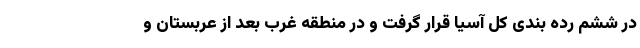
در ششم رده بندی کل آسیا قرار گرفت و در منطقه غرب بعد از عربستان و